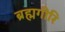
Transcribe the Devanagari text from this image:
ब्रह्मगीरि